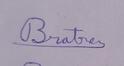
Signature authenticity: genuine